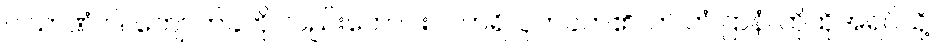
ပါသာဏံ ဝါ၊ ကျောက်ခဲကို လည်းကောင်း။ ပဟရိ၊ ပုတ်ခတ်၏။ တံ တံ ဌာနံ၊ ထိုထိုအရပ်သို့။